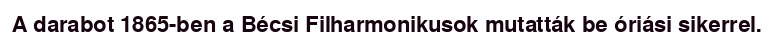
A darabot 1865-ben a Bécsi Filharmonikusok mutatták be óriási sikerrel.